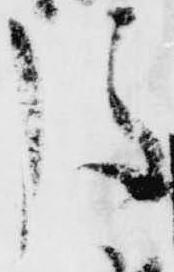
後